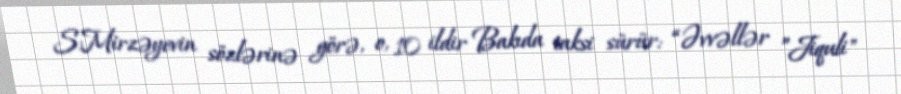
S.Mirzəyevin sözlərinə görə, o, 10 ildir Bakıda taksi sürür: “Əvvəllər ”Jiquli"